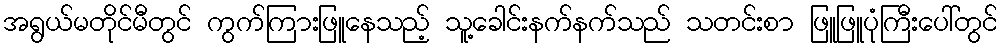
အရွယ်မတိုင်မီတွင် ကွက်ကြားဖြူနေသည့် သူ့ခေါင်းနက်နက်သည် သတင်းစာ ဖြူဖြူပုံကြီးပေါ်တွင်